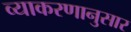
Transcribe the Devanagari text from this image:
व्याकरणानुसार